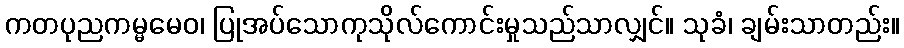
ကတပုညကမ္မမေဝ၊ ပြုအပ်သောကုသိုလ်ကောင်းမှုသည်သာလျှင်။ သုခံ၊ ချမ်းသာတည်း။